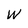
Character: W